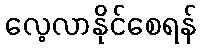
လေ့လာနိုင်စေရန်